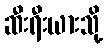
ဆီးရီးယားသို့